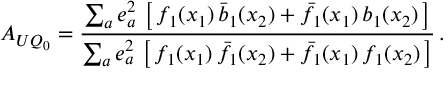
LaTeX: A _ { U Q _ { 0 } } = \frac { \sum _ { a } e _ { a } ^ { 2 } \, \left[ \, f _ { 1 } ( x _ { 1 } ) \, \bar { b } _ { 1 } ( x _ { 2 } ) + \bar { f } _ { 1 } ( x _ { 1 } ) \, b _ { 1 } ( x _ { 2 } ) \, \right] } { \sum _ { a } e _ { a } ^ { 2 } \, \left[ \, f _ { 1 } ( x _ { 1 } ) \, \bar { f } _ { 1 } ( x _ { 2 } ) + \bar { f } _ { 1 } ( x _ { 1 } ) \, f _ { 1 } ( x _ { 2 } ) \, \right] } \, .